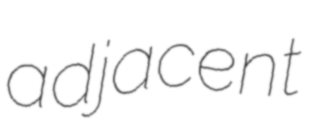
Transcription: adjacent